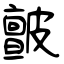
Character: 皽